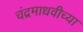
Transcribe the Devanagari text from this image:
चंद्रमाधवीच्या